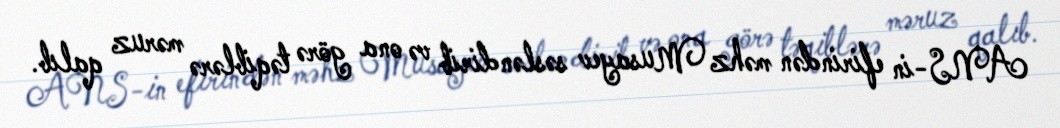
ANS-in efirindən məhz Musayev səsləndirib və ona görə təqiblərə məruz qalıb.